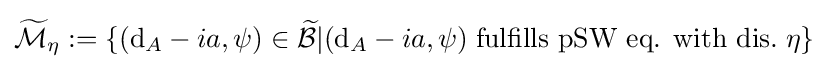
{\widetilde {\mathcal {M}}}_{\eta }:=\{(\mathrm {d} _{A}-ia,\psi )\in {\widetilde {\mathcal {B}}}|(\mathrm {d} _{A}-ia,\psi )\;{\text{fulfills pSW eq. with dis.}}\;\eta \}